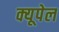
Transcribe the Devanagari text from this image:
क्यूपेल